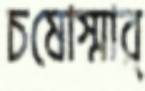
চষোস্মার্